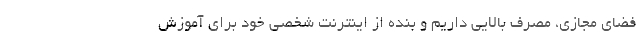
فضای مجازی، مصرف بالایی داریم و بنده از اینترنت شخصی خود برای آموزش